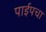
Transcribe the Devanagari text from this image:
पाईपचा